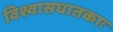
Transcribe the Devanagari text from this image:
विश्वासघातकाः